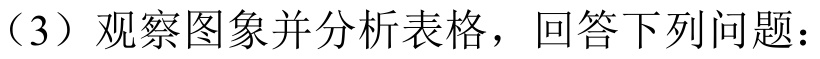
（3）观察图象并分析表格，回答下列问题：